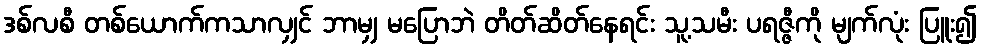
ဒစ်လစီ တစ်ယောက်ကသာလျှင် ဘာမျှ မပြောဘဲ တိတ်ဆိတ်နေရင်း သူ့သမီး ပရဇ္ဇီကို မျက်လုံး ပြူး၍